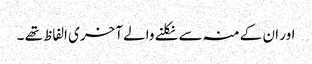
اور ان کے منہ سے نکلنے والے آخری الفاظ تھے ۔